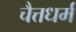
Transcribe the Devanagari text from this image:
चैत्तधर्म